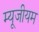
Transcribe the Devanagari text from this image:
म्यूजीयम